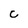
Character: c